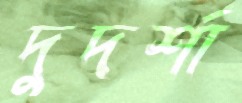
দুদর্শা